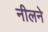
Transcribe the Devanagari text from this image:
नीलने